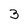
Character: 3